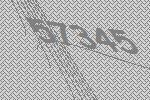
57345